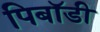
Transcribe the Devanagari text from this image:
पिबॉडी